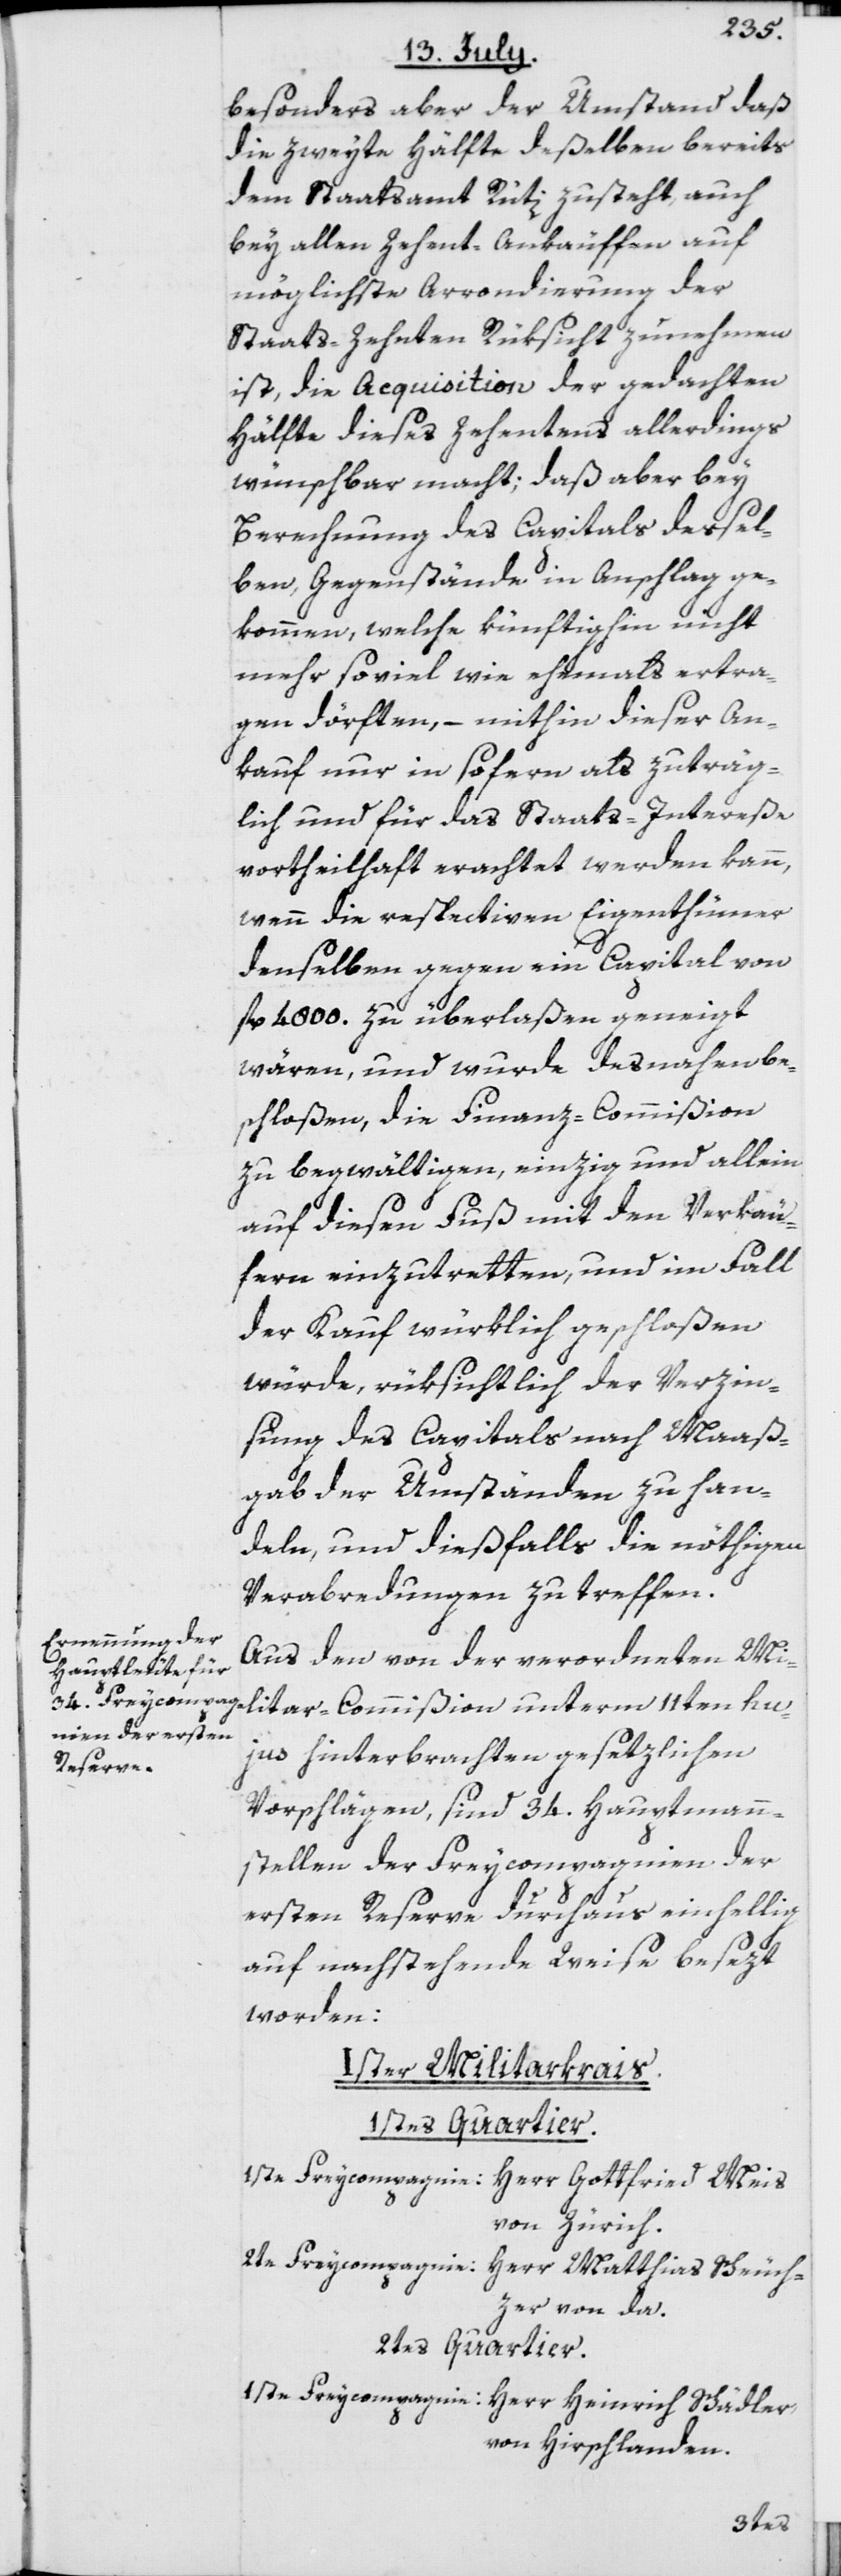
besonders aber der Umstand daß
die zweyte Hälfte deßelben bereits
dem Staatsamt Rüti zusteht, auch
bey allen Zehent-Ankäuffen auf
möglichste Arrondierung der
Staats-Zehnten Rüksicht zu nehmen
ist, die Acquisition der gedachten
Hälfte dieses Zehentens allerdings
wünschbar macht; daß aber bey
Berechnung des Capitals dessel¬
ben, Gegenstände in Anschlag ge¬
kommen, welche künftighin nicht
mehr soviel wie ehemals ertra¬
gen dörften, – mithin dieser An¬
kauf nur in so fern als zuträg¬
lich und für das Staats-Intereße
vortheilhaft erachtet werden kann,
wenn die respectiven Eigenthümer
denselben gegen ein Capital von
fl. 4800. zu überlaßen geneigt
wären, und wurde desnahen be¬
schloßen, die Finanz-Commißion
zu begwältigen, einzig und allein
auf diesen Fuß mit den Verkäu¬
fern einzutretten, und im Fall
der Kauf würklich geschloßen
würde, rüksichtlich der Verzin¬
sung des Capitals nach Maaß¬
gab der Umständen zu han¬
deln, und dießfalls die nöthigen
Verabredungen zu treffen.
Aus den von der verordneten Mi¬
hujus hinterbrachten gesetzlichen
Vorschlägen, sind 34. Hauptmann¬
stellen der Freycompagnien der
ersten Reserve durchaus einhellig
auf nachstehende Weise besezt
worden:
Ister Militarkrais.
1stes Quartier.
1ste Freycompagnie: Herr Gottfried Meis
von Zürich.
2te Freycompagnie: Herr Matthias Scheuch¬
zer von da.
2tes Quartier.
1ste Freycompagnie: Herr Heinrich Schädler
von Hirschlanden.